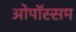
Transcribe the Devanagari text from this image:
ओपॉस्सम